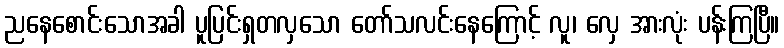
ညနေစောင်းသောအခါ ပူပြင်းရှတလှသော တော်သလင်းနေကြောင့် လူ၊ လှေ အားလုံး ပန်းကြပြီ။